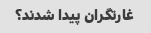
غارتگران پیدا شدند؟